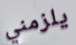
يلزمني